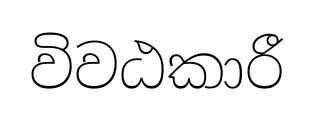
විවඨකාරී